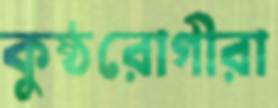
কুষ্ঠরোগীরা